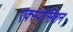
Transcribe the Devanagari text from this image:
एक्स्पोसिशन